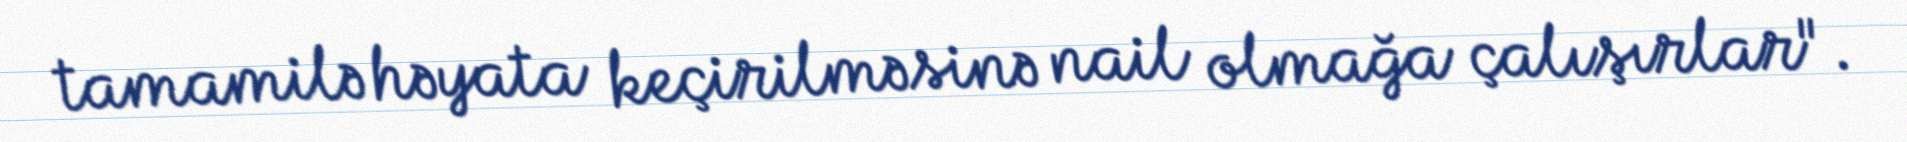
tamamilə həyata keçirilməsinə nail olmağa çalışırlar".